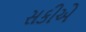
સકીએ